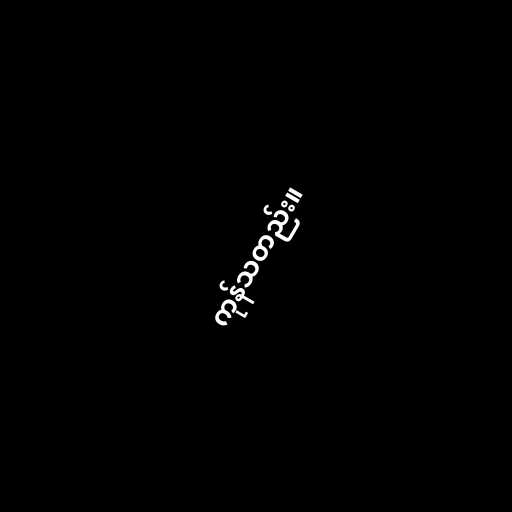
ကုန်သတည်း။